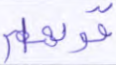
قولها